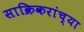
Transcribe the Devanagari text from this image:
साक्रिकरांच्या